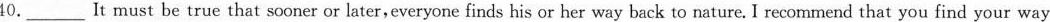
40.___It must be true that sooner or later,everyone finds his or her way back to nature. I recommend that you find your way